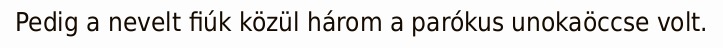
Pedig a nevelt fiúk közül három a parókus unokaöccse volt.